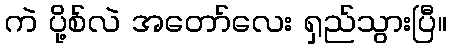
ကဲ ပို့စ်လဲ အတော်လေး ရှည်သွားပြီ။